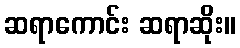
ဆရာကောင်း ဆရာဆိုး။